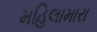
મહિલામારા